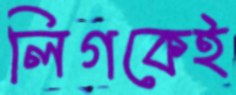
লিগকেই